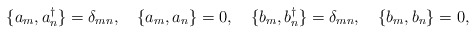
\begin{align*} \{ a_m, a_n^\dagger \} = \delta_{mn}, \quad \{ a_m, a_n \} = 0, \quad \{ b_m, b_n^\dagger \} = \delta_{mn}, \quad \{ b_m, b_n \} = 0,\end{align*}